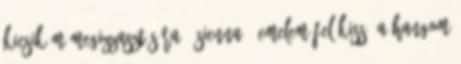
kicsikém megizzasztására. -Sienna - emelem fel kissé a hangom